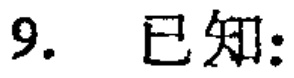
9. 已知: